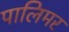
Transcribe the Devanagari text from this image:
पालिमर